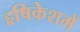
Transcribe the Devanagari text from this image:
हृषिकेशमें